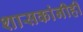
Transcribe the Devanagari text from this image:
शासकांनीही